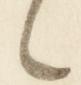
々